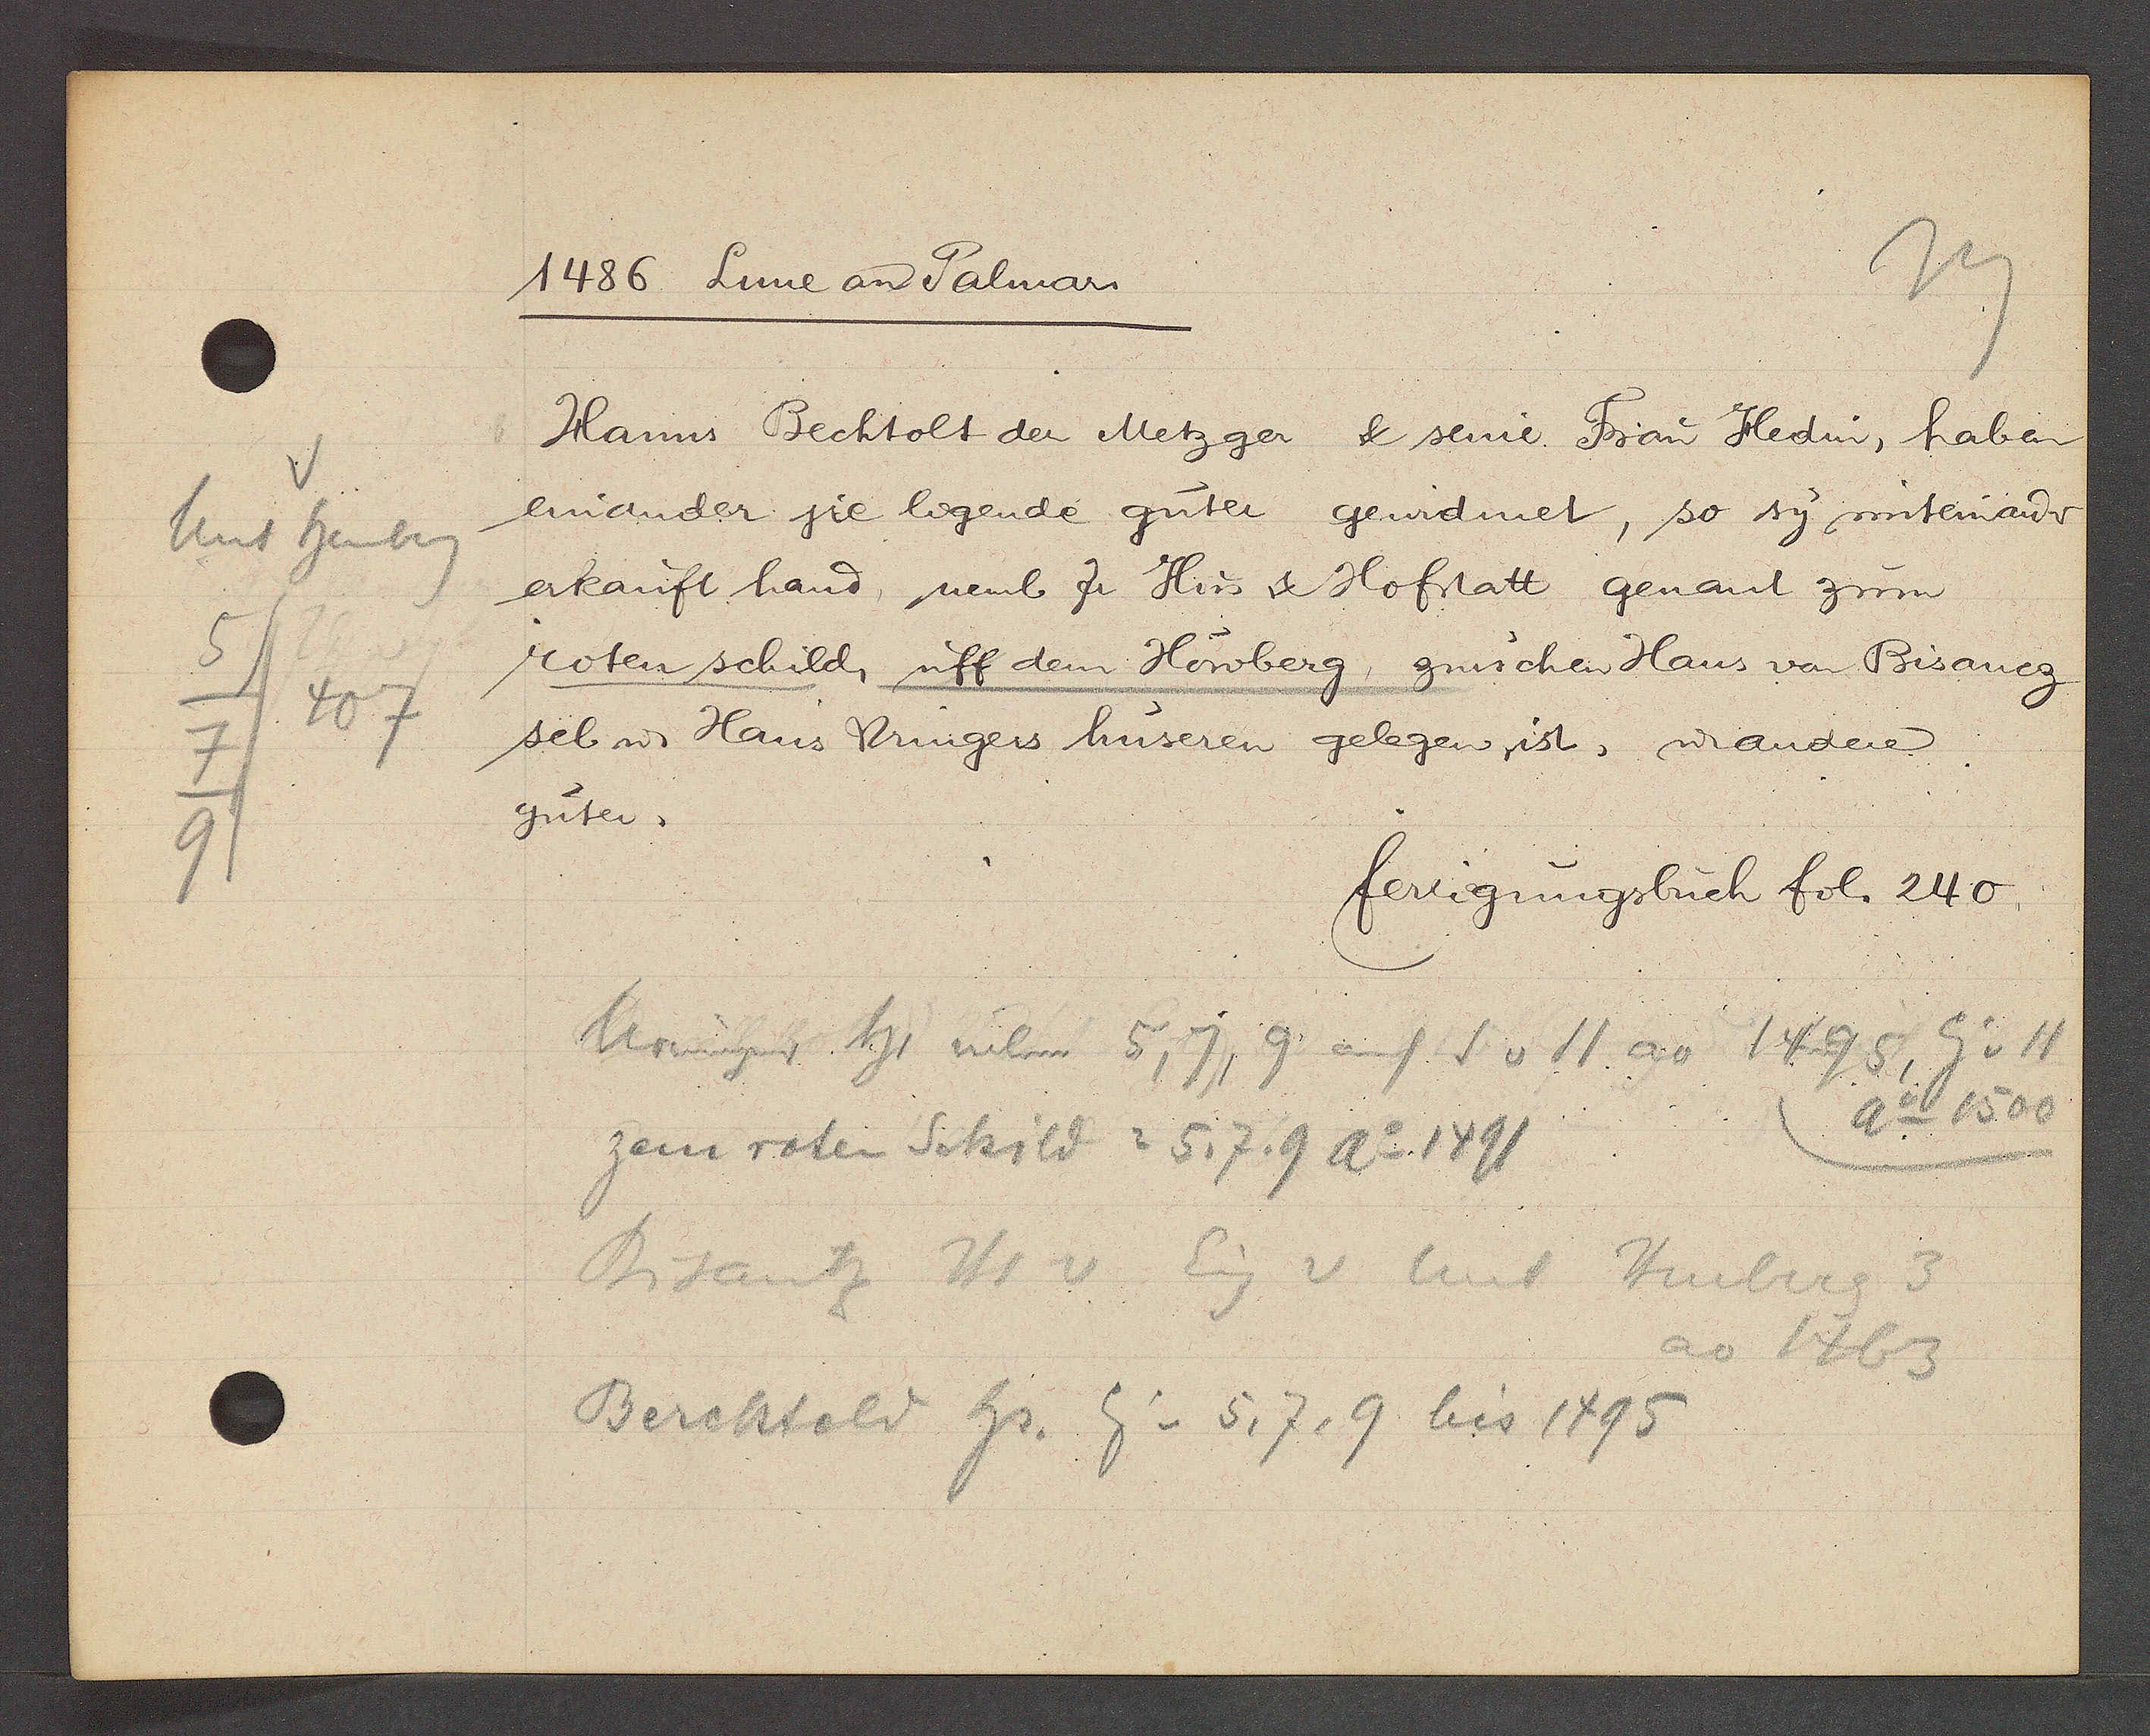
Transcript:
v
Unt heuberg
5
407
7
9

1486 Lune an Palmar

Hanns Bechtolt der Metzger & seine Frau Hedin, haben
einander sie ligende guter gewidmet, so sy miteinander
erkauft hand, nemb zu Hus & Hofstatt genant zum
roten schild, uff dem Höwberg, zwüschen Haus von Bisaneg
sel ư Hans Vringers huseren gelegen, ist, ư andere
güter,

fertigungsbuch fol. 240

Uringer Hs neben 5, 7, 9 auf S v 11 ao 1495, Eg v 11
Ao 1500
zem roten Schild = 5, 7. 9 Ao 1491
Bisantz Hs v Eig v unt Heuberg 3
ao 1463
Bercktold hs. Eig v 5, 7, 9 bis 1495